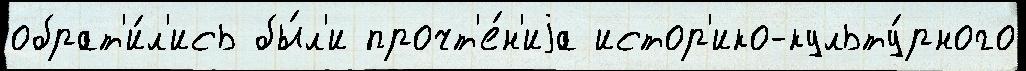
обрат'и́л'ись бы́л'и прочт'е́н'иjа истор'ико-культу́рного